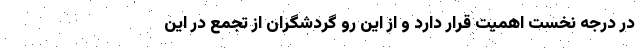
در درجه نخست اهمیت قرار دارد و از این رو گردشگران از تجمع در این